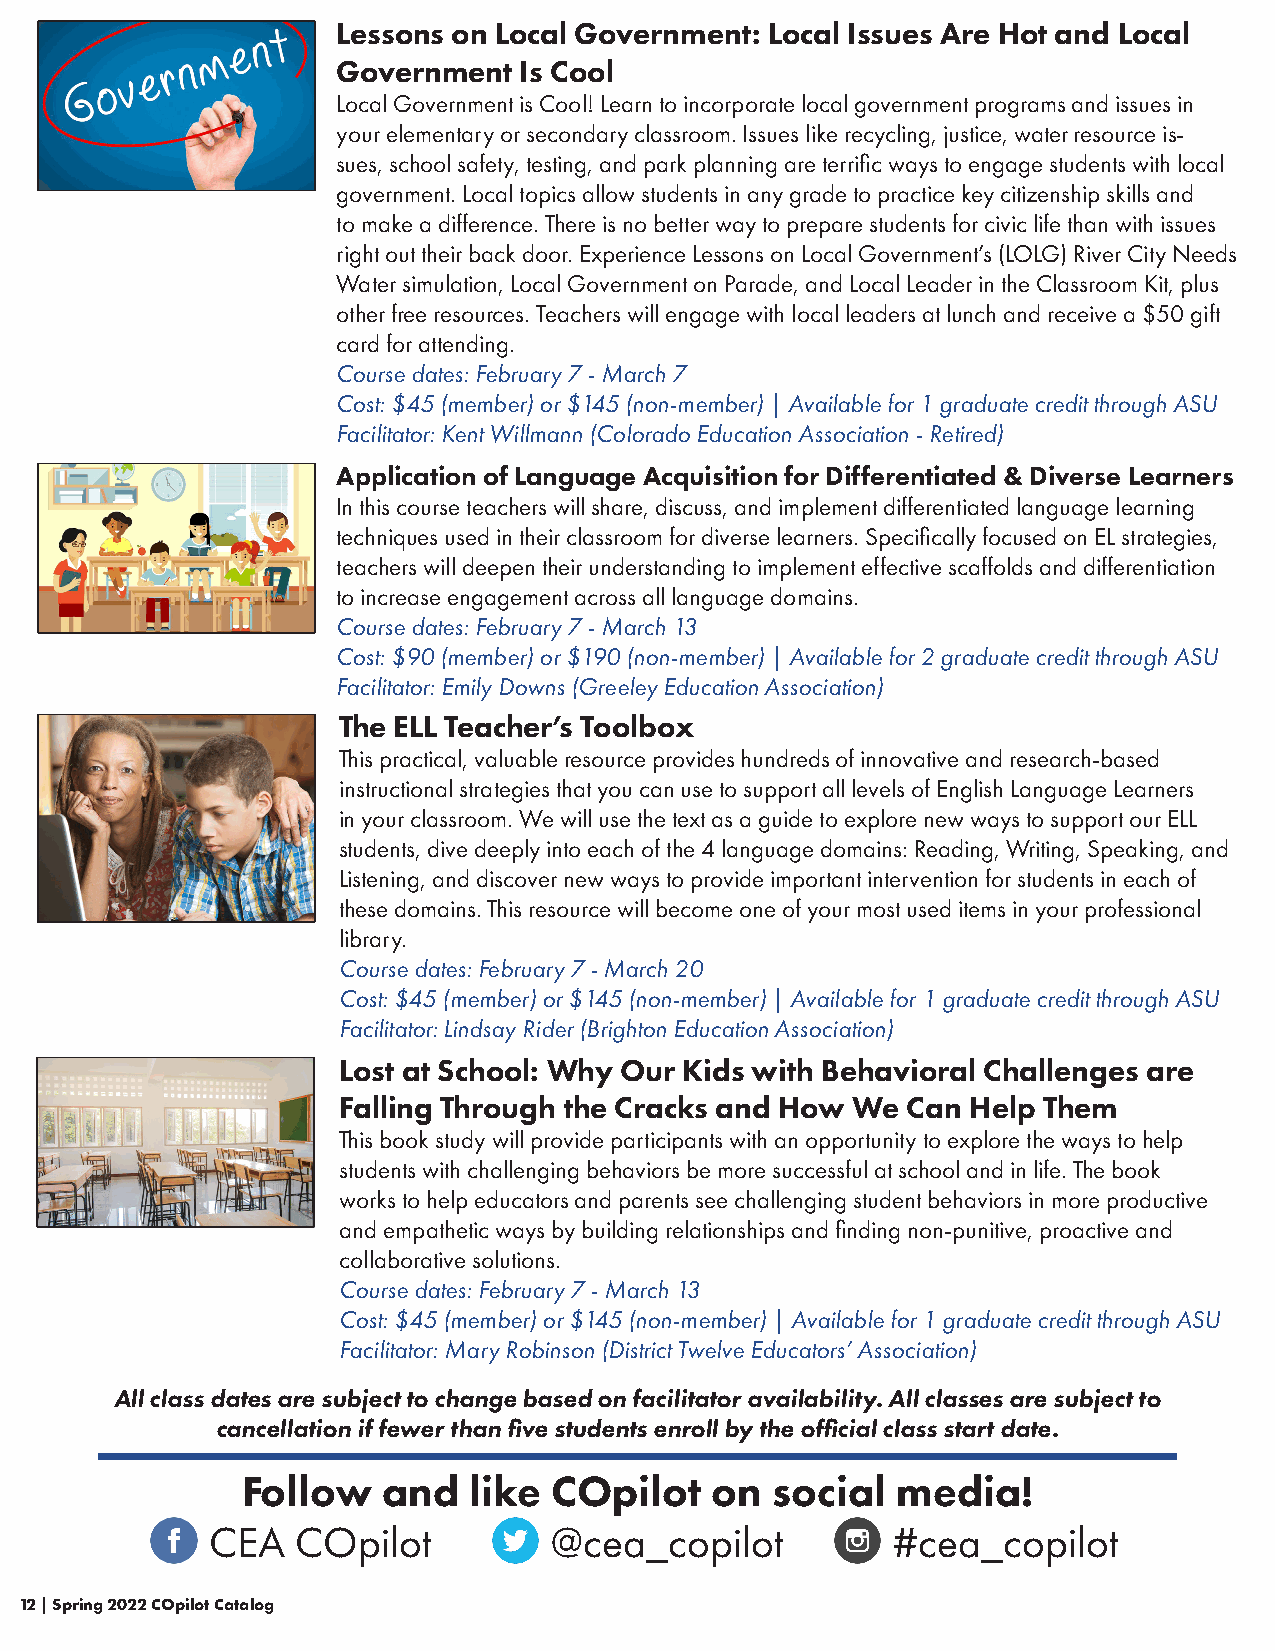
Lessons on Local Government: Local Issues Are Hot and Local
 Government  Is Cool
 Local Government is Cool! Learn to incorporate local government programs and issues in
 your elementary or secondary classroom. Issues like recycling, justice, water resource is-
 sues, school safety, testing, and park planning are terrific ways to engage students with local
 government. Local topics allow students in any grade to practice key citizenship skills and
 to make a difference. There is no better way to prepare students for civic life than with issues
 right out their back door. Experience Lessons on Local Government’s (LOLG) River City Needs
 Water simulation, Local Government on Parade, and Local Leader in the Classroom Kit, plus
 other free resources. Teachers will engage with local leaders at lunch and receive a $50 gift
 card for attending.
 Course dates: February 7 - March 7
 Cost: $45 (member) or $145 (non-member) | Available for 1 graduate credit through ASU
 Facilitator: Kent Willmann (Colorado Education Association - Retired)
 Application of Language Acquisition for Differentiated & Diverse Learners
 In this course teachers will share, discuss, and implement differentiated language learning
 techniques used in their classroom for diverse learners. Specifically focused on EL strategies,
 teachers will deepen their understanding to implement effective scaffolds and differentiation
 to increase engagement across all language domains.
 Course dates: February 7 - March 13
 Cost: $90 (member) or $190 (non-member) | Available for 2 graduate credit through ASU
 Facilitator: Emily Downs (Greeley Education Association)
 The ELL Teacher’s Toolbox
 This practical, valuable resource provides hundreds of innovative and research-based
 instructional strategies that you can use to support all levels of English Language Learners
 in your classroom. We will use the text as a guide to explore new ways to support our ELL
 students, dive deeply into each of the 4 language domains: Reading, Writing, Speaking, and
 Listening, and discover new ways to provide important intervention for students in each of
 these domains. This resource will become one of your most used items in your professional
 library.
 Course dates: February 7 - March 20
 Cost: $45 (member) or $145 (non-member) | Available for 1 graduate credit through ASU
 Facilitator: Lindsay Rider (Brighton Education Association)
 Lost at School: Why Our Kids with Behavioral Challenges are
 Falling Through the Cracks and How We Can Help Them
 This book study will provide participants with an opportunity to explore the ways to help
 students with challenging behaviors be more successful at school and in life. The book
 works to help educators and parents see challenging student behaviors in more productive
 and empathetic ways by building relationships and finding non-punitive, proactive and
 collaborative solutions.
 Course dates: February 7 - March 13
 Cost: $45 (member) or $145 (non-member) | Available for 1 graduate credit through ASU
 Facilitator: Mary Robinson (District Twelve Educators’ Association)
 All class dates are subject to change based on facilitator availability. All classes are subject to
 cancellation if fewer than five students enroll by the official class start date.
 Follow   and   like  COpilot   on  social  media!
 CEA   COpilot         @cea_copilot           #cea_copilot
 12 | Spring 2022 COpilot Catalog